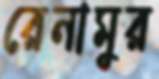
রেনামুর